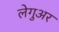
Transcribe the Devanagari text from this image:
लेगुअर